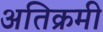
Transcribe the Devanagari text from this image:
अतिक्रमी